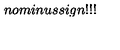
n o m i n u s s i g n ! ! !